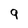
Character: 9